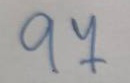
97